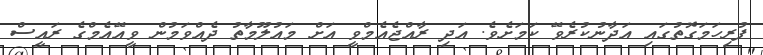
ފުރިހަމަގޮތުގައި އަދާނުކުރެވޭ ކަމަށެވެ. އަދި ރާއްޖެއެމްވީ އަށް މައުލޫމާތު ދެއްވަމުން ވީއޭއެމްގެ ރައީސް